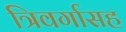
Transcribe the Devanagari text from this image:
त्रिवर्गासह